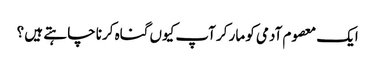
ایک معصوم آدمی کو مار کر آپ کیوں گناہ کرنا چا ہتے ہیں ؟